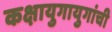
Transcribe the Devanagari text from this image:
कक्षायुगायुगांची